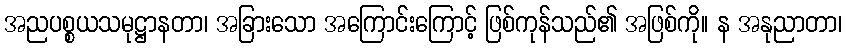
အညပစ္စယသမုဋ္ဌာနတာ၊ အခြားသော အကြောင်းကြောင့် ဖြစ်ကုန်သည်၏ အဖြစ်ကို။ န အနုညာတာ၊